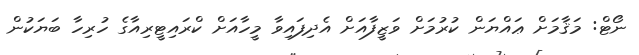
ނޯޓް: މަޤާމަށް ޢައްޔަން ކުރުމަށް ވަޒީފާއަށް އެދިފައިވާ މީހާއަށް ކްރައިޓީރިއާގެ ހުރިހާ ބަޔަކުން